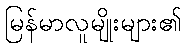
မြန်မာလူမျိုးများ၏